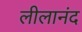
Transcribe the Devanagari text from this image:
लीलानंद